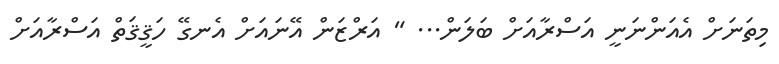
މިތަނަށް އެއަންނަނީ އަސްރާއަށް ބަލަން... " އަރްޒަން އޭނައަށް އެނގޭ ހަޤީޤަތް އަސްރާއަށް